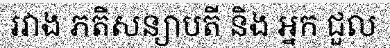
រវាង ភតិសន្យាបតី និង អ្នក ជួល